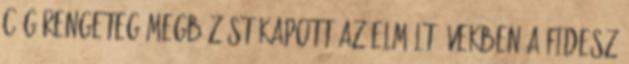
cég rengeteg megbízást kapott az elmúlt években a Fidesz